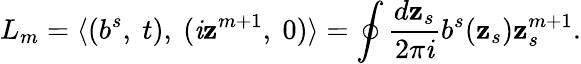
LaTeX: L_{m}=\langle(b^{s},\ t),\ (\mathit{i}\mathbf{z}^{m+1},\ 0)\rangle=\oint\frac{{d\mathbf{z}_{s}}}{{2\pi\mathit{i}}}b^{s}(\mathbf{z}_{s})\mathbf{z}_{s}^{m+1}.